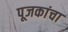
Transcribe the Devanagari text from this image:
पूजकांचा